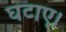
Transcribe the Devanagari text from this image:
घटाए।